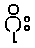
ဂိုး